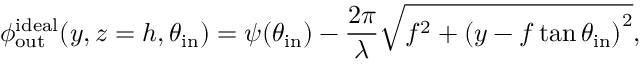
\phi _ { \mathrm { o u t } } ^ { \mathrm { i d e a l } } ( y , z = h , \theta _ { \mathrm { i n } } ) = \psi ( \theta _ { \mathrm { i n } } ) - \frac { 2 \pi } { \lambda } \sqrt { f ^ { 2 } + \left( y - f \tan { \theta _ { \mathrm { i n } } } \right) ^ { 2 } } ,